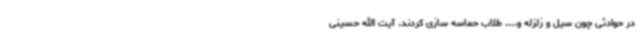
در حوادثی چون سیل و زلزله و.... طلاب حماسه سازی کردند. آیت الله حسینی